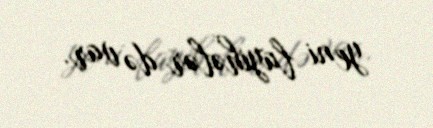
yeni layihələr də var.